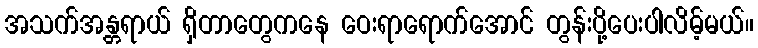
အသက်အန္တရာယ် ရှိတာတွေကနေ ဝေးရာရောက်အောင် တွန်းပို့ပေးပါလိမ့်မယ်။